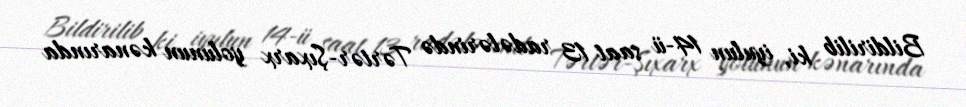
Bildirilib ki, iyulun 14-ü saat 13 radələrində Tərtər-Şıxarx yolunun kənarında